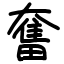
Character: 奮